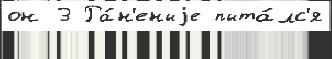
он 3 Ра́н'еныjе пыта́лс'я